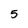
Character: 5